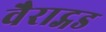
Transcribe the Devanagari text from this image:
वैराट्गड